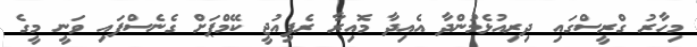
މިހާރު ގްރީސްގައި ދިރިއުޅެމުންދާ އެއިދާ މޮއިރާ ރެފިއުޖީ ކޭމްޕަށް ގެނެސްފައި ވަނީ މީގެ